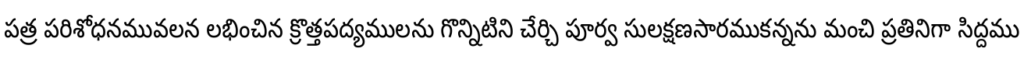
పత్ర పరిశోధనమువలన లభించిన క్రొత్తపద్యములను గొన్నిటిని చేర్చి పూర్వ సులక్షణసారముకన్నను మంచి ప్రతినిగా సిద్దము